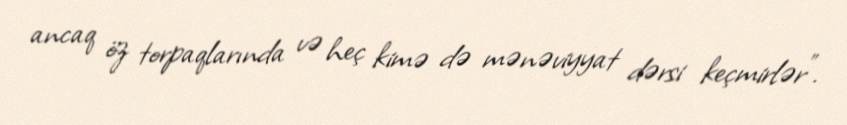
ancaq öz torpaqlarında və heç kimə də mənəviyyat dərsi keçmirlər”.